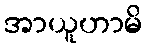
အာယူဟာမိ